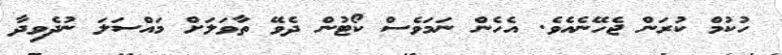
ހުކުމް ކުރަން ޖެހޭނެއެވެ. އެހެން ނަމަވެސް ކޯޓުން ދެވޭ ތާވަލަށް މައްސަލަ ނުދެވިދާ